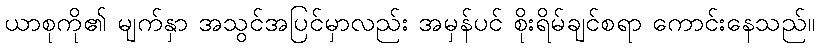
ယာစုကို၏ မျက်နှာ အသွင်အပြင်မှာလည်း အမှန်ပင် စိုးရိမ်ချင်စရာ ကောင်းနေသည်။